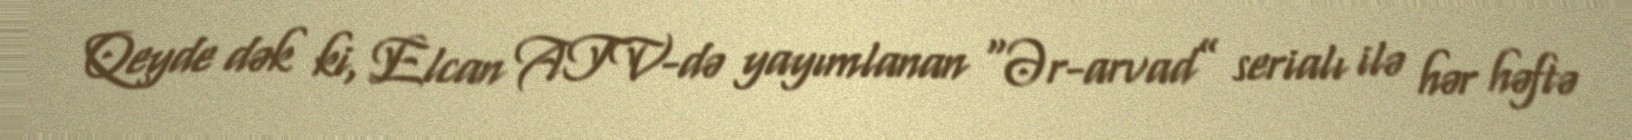
Qeyde dək ki, Elcan ATV-də yayımlanan “Ər-arvad” serialı ilə hər həftə